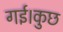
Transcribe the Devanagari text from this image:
गई।कुछ